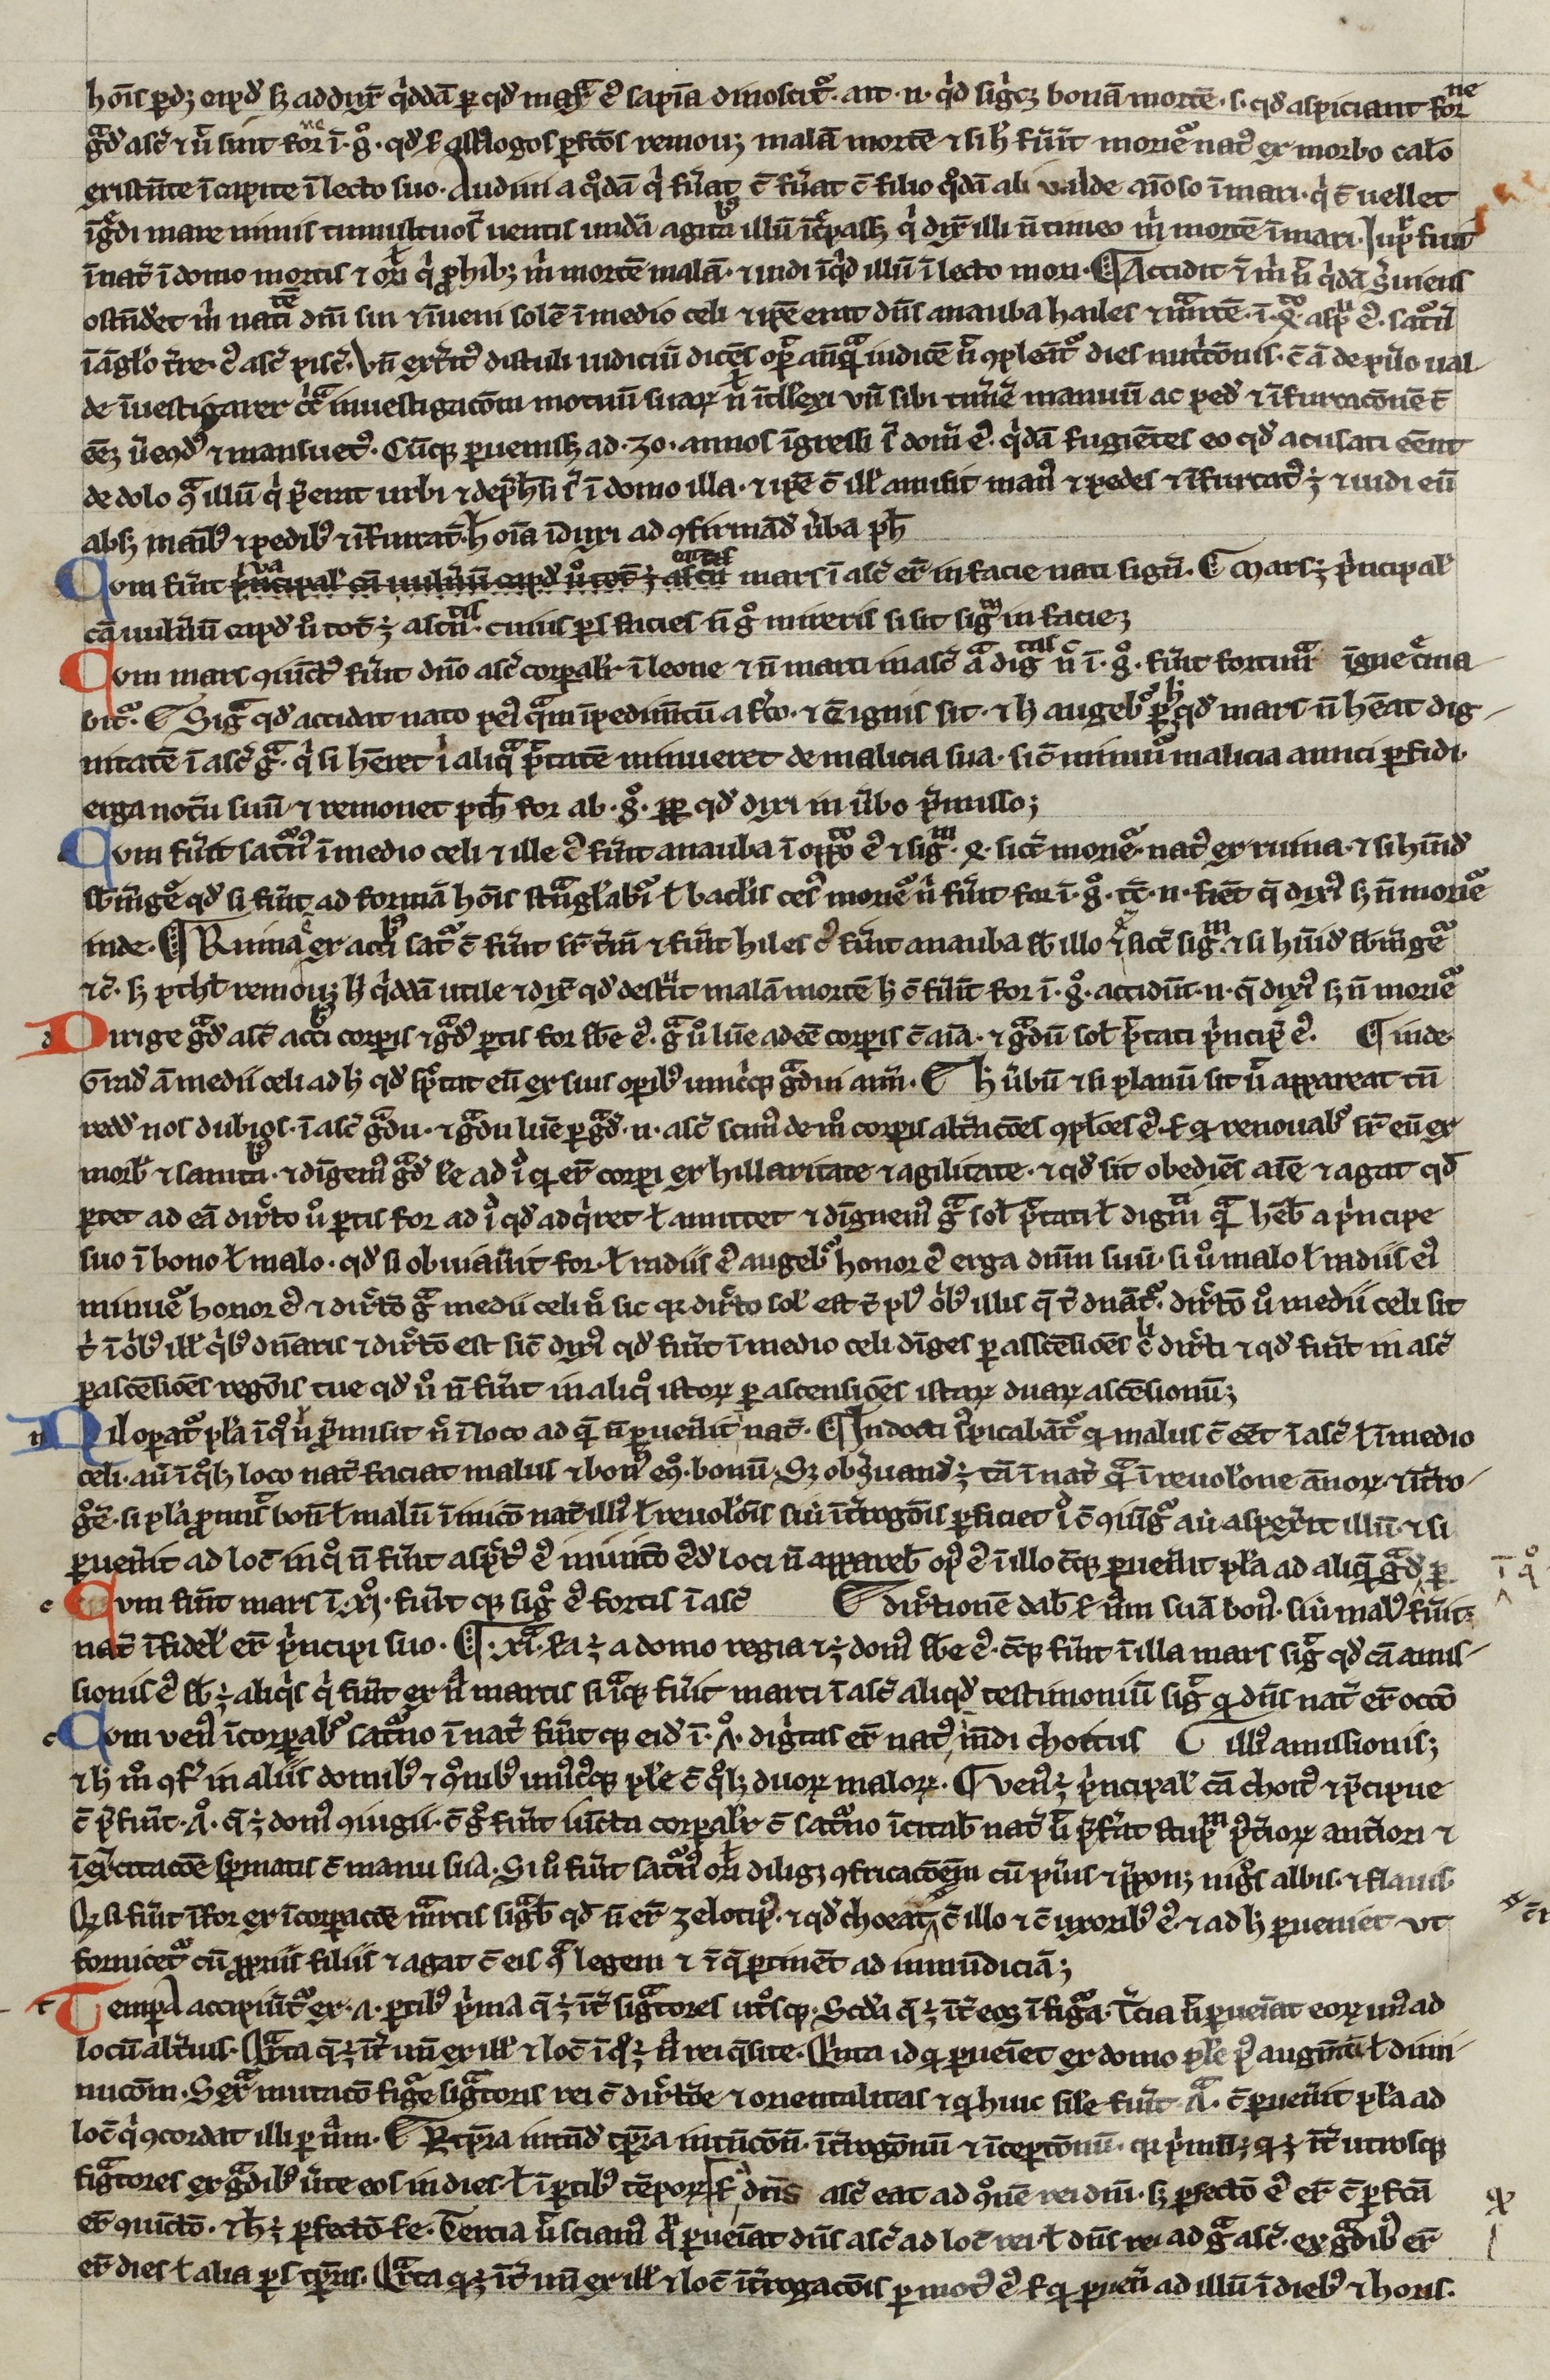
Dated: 1200–1299